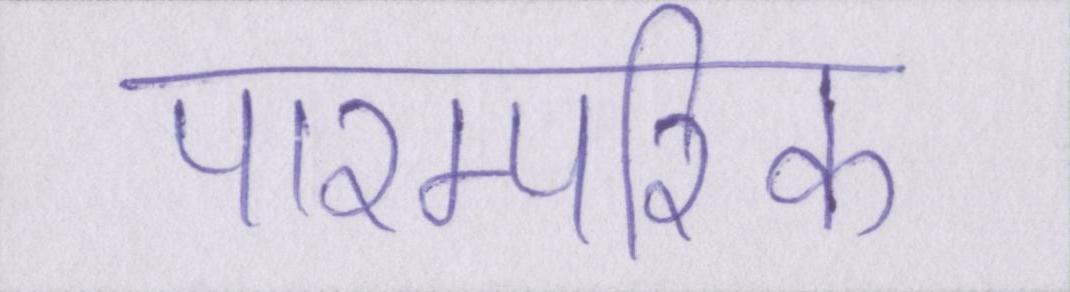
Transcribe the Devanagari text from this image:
पारम्परिक